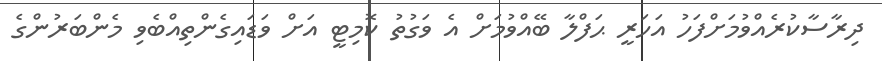
ދިރާސާކުރެއްވުމަށްފަހު އަހަރީ ޙަފްލާ ބޭއްވުމަށް އެ ވަގުތު ކޮމިޓީ އަށް ވަޑައިގެންތިއްބެވި މެންބަރުންގެ